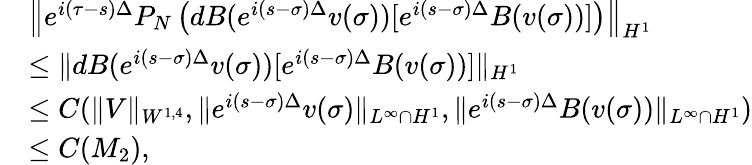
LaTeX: \begin{array}{rl}&{\left\| e^{i(\tau-s)\Delta}P_{N}\left(dB(e^{i(s-\sigma)\Delta}v(\sigma))[e^{i(s-\sigma)\Delta}B(v(\sigma))]\right)\right\| _{H^{1}}}\\ &{\leq\| dB(e^{i(s-\sigma)\Delta}v(\sigma))[e^{i(s-\sigma)\Delta}B(v(\sigma))]\| _{H^{1}}}\\ &{\leq C(\| V\| _{W^{1,4}},\| e^{i(s-\sigma)\Delta}v(\sigma)\| _{L^{\infty}\cap H^{1}},\| e^{i(s-\sigma)\Delta}B(v(\sigma))\| _{L^{\infty}\cap H^{1}})}\\ &{\leq C(M_{2}),}\end{array}